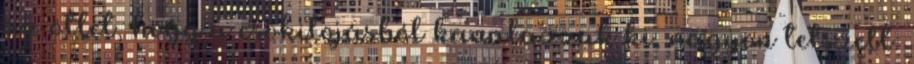
az ötlet, hogy a csokitojásból kanalazzuk ki, nagyon tetszett.